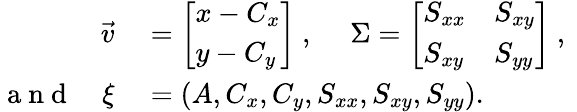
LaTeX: \begin{array}{rl}{\vec{v}}&{{}=\left[\begin{array}{l}{x-C_{x}}\\ {y-C_{y}}\end{array}\right]\mathrm{~,~}~~~~\Sigma=\left[\begin{array}{ll}{S_{xx}}&{S_{xy}}\\ {S_{xy}}&{S_{yy}}\end{array}\right]\mathrm{~,~}}\\ {\mathrm{~a~n~d~}~~~~\xi}&{{}=(A,C_{x},C_{y},S_{xx},S_{xy},S_{yy}).}\end{array}